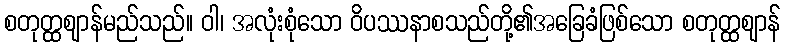
စတုတ္ထဈာန်မည်သည်။ ဝါ၊ အလုံးစုံသော ဝိပဿနာစသည်တို့၏အခြေခံဖြစ်သော စတုတ္ထဈာန်